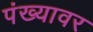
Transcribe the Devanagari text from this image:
पंख्यावर